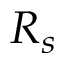
R _ { s }